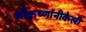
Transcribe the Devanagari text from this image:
श्रीकृष्णांनीकेली